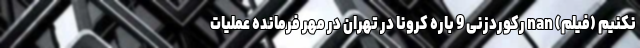
نکنیم (فیلم) nan رکوردزنی 9 باره کرونا در تهران در مهر فرمانده عملیات